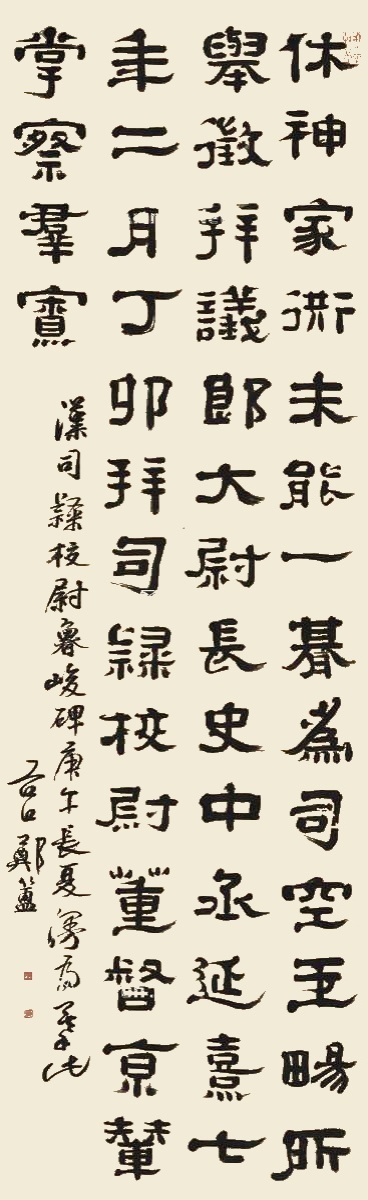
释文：休神家衖，未能一期，为司空玉畅所举，征拜议郎，太尉，长史中丞。延熹七年二月丁卯，拜司隶校尉，董督京辇，掌察群寮。汉司隶校尉鲁峻碑。庚午长夏，漫为摹此，谷口郑簠。